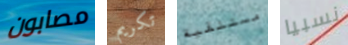
مصابون تكريم مستلقية نسبيا